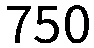
750